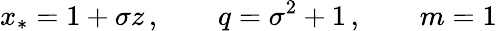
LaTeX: x_{*}=1+\sigma z\, ,\qquad q=\sigma^{2}+1\, ,\qquad m=1